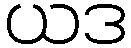
ယဒ